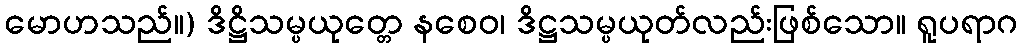
မောဟသည်။) ဒိဋ္ဌိသမ္ပယုတ္တေ နစေဝ၊ ဒိဋ္ဌသမ္ပယုတ်လည်းဖြစ်သော။ ရူပရာဂ